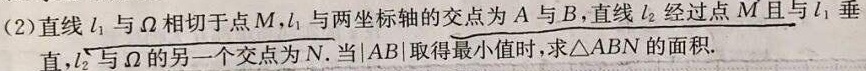
(2)直线\(l_{1}\)与\(\Omega\)相切于点\(M\)，\(l_{1}\)与两坐标轴的交点为\(A\)与\(B\)，直线\(l_{2}\)经过点\(M\)且与\(l_{1}\)垂直，\(l_{2}\)与\(\Omega\)的另一个交点为\(N\)。当\(\vert AB\vert\)取得最小值时，求\(\triangle ABN\)的面积。